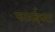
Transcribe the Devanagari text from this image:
फालईच्या